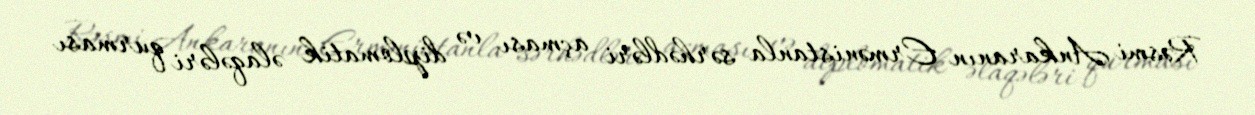
Rəsmi Ankaranın Ermənistanla sərhədləri açması və diplomatik əlaqələri qurması